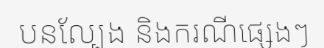
បនល្បែង និងករណីផ្សេងៗ